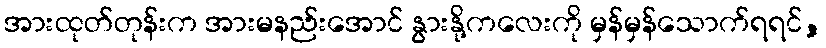
အားထုတ်တုန်းက အားမနည်းအောင် နွားနို့ကလေးကို မှန်မှန်သောက်ရရင်,